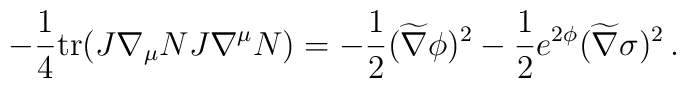
-{1\over4}{\rm tr}(J\nabla_\mu N J\nabla^\mu N) = - {1\over2} (\widetilde\nabla\phi)^2 - {1\over2} e^{2\phi}(\widetilde\nabla\sigma)^2  \,.